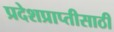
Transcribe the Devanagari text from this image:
प्रदेशप्राप्तीसाठी